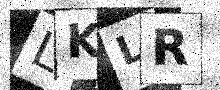
Text: LKLR